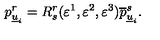
p _ { \underline { { u } } _ { i } } ^ { r } = R _ { s } ^ { r } ( \varepsilon ^ { 1 } , \varepsilon ^ { 2 } , \varepsilon ^ { 3 } ) \overline { { p } } _ { \underline { { u } } _ { i } } ^ { s } .